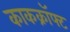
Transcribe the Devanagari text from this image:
काकक्रॉफ्ट